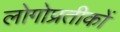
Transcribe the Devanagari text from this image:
लोगोप्रतीकों